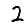
Digit: 2